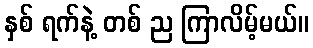
နှစ် ရက်နဲ့ တစ် ည ကြာလိမ့်မယ်။